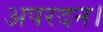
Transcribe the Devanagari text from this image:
अपरदन।